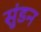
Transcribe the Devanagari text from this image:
सुंडन